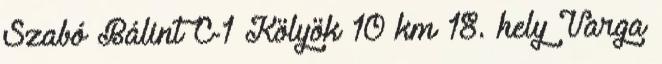
Szabó Bálint C-1 Kölyök 10 km 18. hely Varga